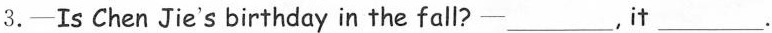
3.—Is ChenJie's birthday in the fall?—___,it ___.